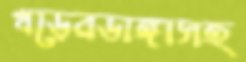
খড়েরডাঙ্গাসহ